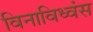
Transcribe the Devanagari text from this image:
विनाविध्वंस